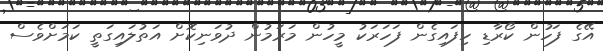
އޭގެ ފަހުން ކޯރާޑި ހިފައިގެން ފަހަރަކު މީހުން މަރަމުން ދުވަނިކޮށް އަތުލައިގަތީ ކަމަށްވެސް